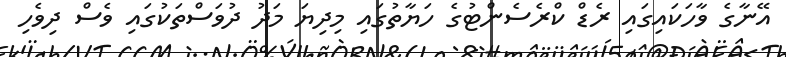
އޭނާގެ ވާހަކައިގައި ރެޑް ކްރެސެންޓުގެ ހަޔާތުގައި މިދިޔަ މަދު ދުވަސްތަކުގައި ވެސް ދިވެހި